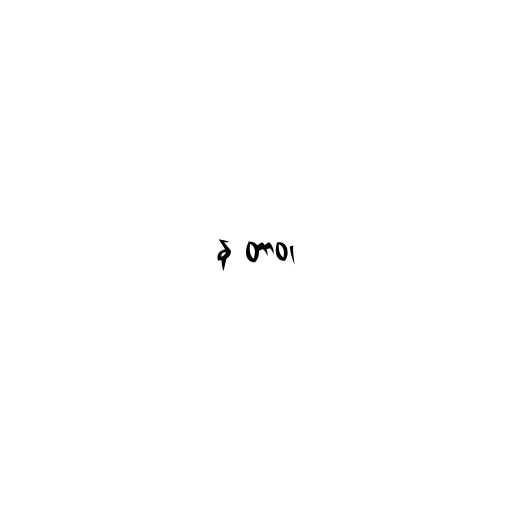
န တာဝ၊